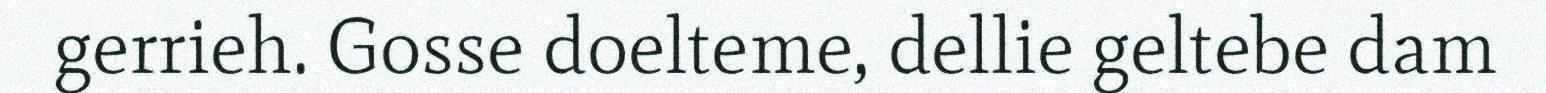
gerrieh. Gosse doelteme, dellie geltebe dam